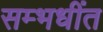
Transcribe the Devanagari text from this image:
सम्भधींत